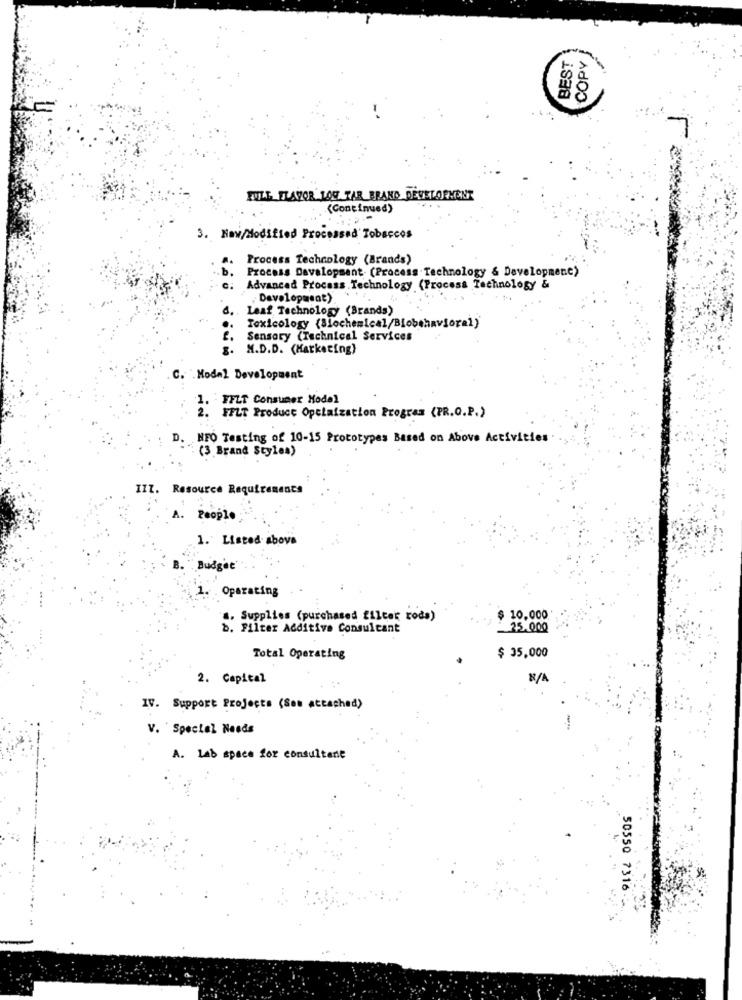
BEST
COPY
7
FULL_FLAVOR 100 TAR BRAND DEVELOPMENT
(Continued)
3. Now/Modified Processed' Tobaccos
Process Technology (Brands)
Process Development (Process Technology & Development)
Advanced Process Technology (Process Technology &
Development).
0.
Leaf Technology (Brands)
Toxicology {Blochemical/Biobehavioral)
f. Sensory (Technical Services
. M.D.D. (Marketing)
C. . Model Development
1. - FFLT Consumer Model
2. FFLT Product Opslaization Program (PR.O.P.)
D. NFO Testing of 10-15 Prototypes Based on Above Activities
(3 Brand Styles)
IIZ. Resource Requirements
People
1. Listed above
"Budget'
1. Oparating
4. Supplies (purchased filter rods)
$ 10.000
b. Filter Additive Consultant
25.000
$ 35,000
Total Operating
2. Capital
IV. Support Projects (Son attached)
V. Special Needs
A. Lab space for consultant
50550 7316